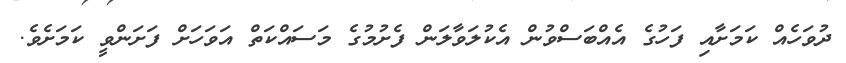
ދުވަހެއް ކަމަށާއި ފަހުގެ އެއްބަސްވުން އެކުލަވާލަން ފެށުމުގެ މަސައްކަތް އަވަހަށް ފަށަންވީ ކަމަށެވެ.